Madras plague regulations and rules - Volume 2
Disease focus: Plague
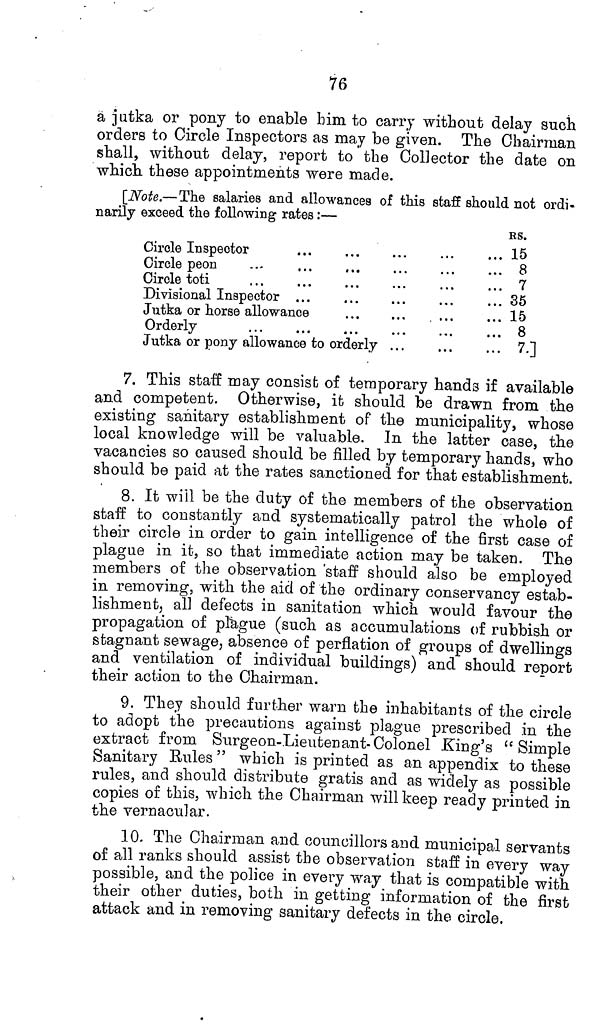
76
a jutka or pony to enable him to carry without delay such
orders to Circle Inspectors as may be given. The Chairman
shall, without delay, report to the Collector the date on
which these appointments were made.
[Note.—The salaries and allowances of this staff should not ordi-
narily exceed the following rates:—
Circle Inspector
Circle peon
Circle toti
Divisional Inspector ...
Jutka or horse allowance
Orderly
Jutka or pony allowance to orderly ...
RS.
15
8
7
35
15
8
7.]
7. This staff may consist of temporary hands if available
and competent. Otherwise, it should be drawn from the
existing sanitary establishment of the municipality, whose
local knowledge will be valuable. In the latter case, the
vacancies so caused should be filled by temporary hands, who
should be paid at the rates sanctioned for that establishment.
8. It will be the duty of the members of the observation
staff to constantly and systematically patrol the whole of
their circle in order to gain intelligence of the first case of
plague in it, so that immediate action may be taken. The
members of the observation staff should also be employed
in removing, with the aid of the ordinary conservancy estab-
lishment, all defects in sanitation which would favour the
propagation of plague (such as accumulations of rubbish or
stagnant sewage, absence of perflation of groups of dwellings
and ventilation of individual buildings) and should report
their action to the Chairman.
9. They should further warn the inhabitants of the circle
to adopt the precautions against plague prescribed in the
extract from Surgeon-Lieutenant-Colonel King's "Simple
Sanitary Rules" which is printed as an appendix to these
rules, and should distribute gratis and as widely as possible
copies of this, which the Chairman will keep ready printed in
the vernacular.
10. The Chairman and councillors and municipal servants
of all ranks should assist the observation staff in every way
possible, and the police in every way that is compatible with
their other duties, both in getting information of the first
attack and in removing sanitary defects in the circle.